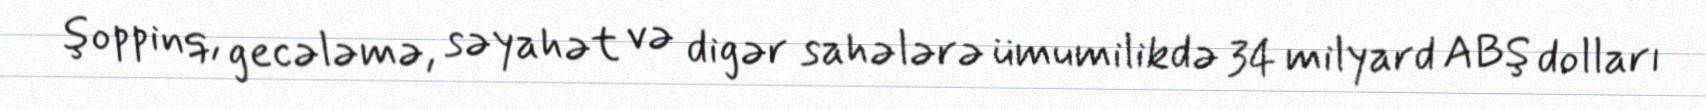
şoppinq, gecələmə, səyahət və digər sahələrə ümumilikdə 34 milyard ABŞ dolları